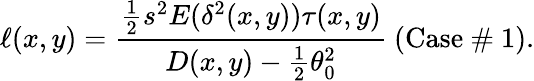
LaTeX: \ell(x,y)=\frac{\frac{1}{2}s^{2}E(\delta^{2}(x,y))\tau(x,y)}{D(x,y)-\frac{1}{2}\theta_{0}^{2}}~\textrm{(Case~\# 1)}.